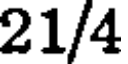
21/4